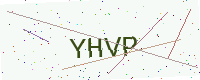
Text: YHVP